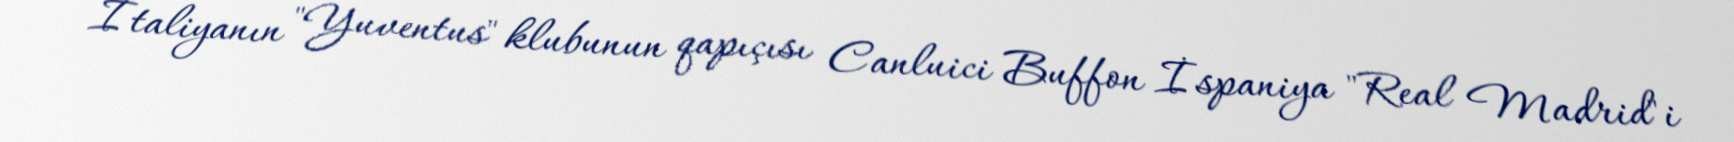
İtaliyanın "Yuventus" klubunun qapıçısı Canluici Buffon İspaniya "Real Madrid"i